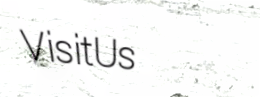
VisitUs